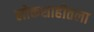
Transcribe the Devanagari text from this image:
लोकशाहीतला